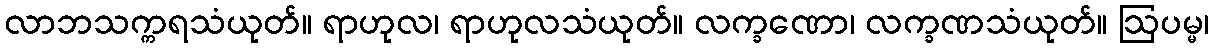
လာဘသက္ကရသံယုတ်။ ရာဟုလ၊ ရာဟုလသံယုတ်။ လက္ခဏော၊ လက္ခဏသံယုတ်။ ဩပမ္မ၊